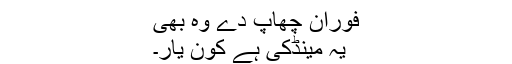
فوران چھاپ دے وہ بھی
یہ مینڈکی ہے کون یار۔